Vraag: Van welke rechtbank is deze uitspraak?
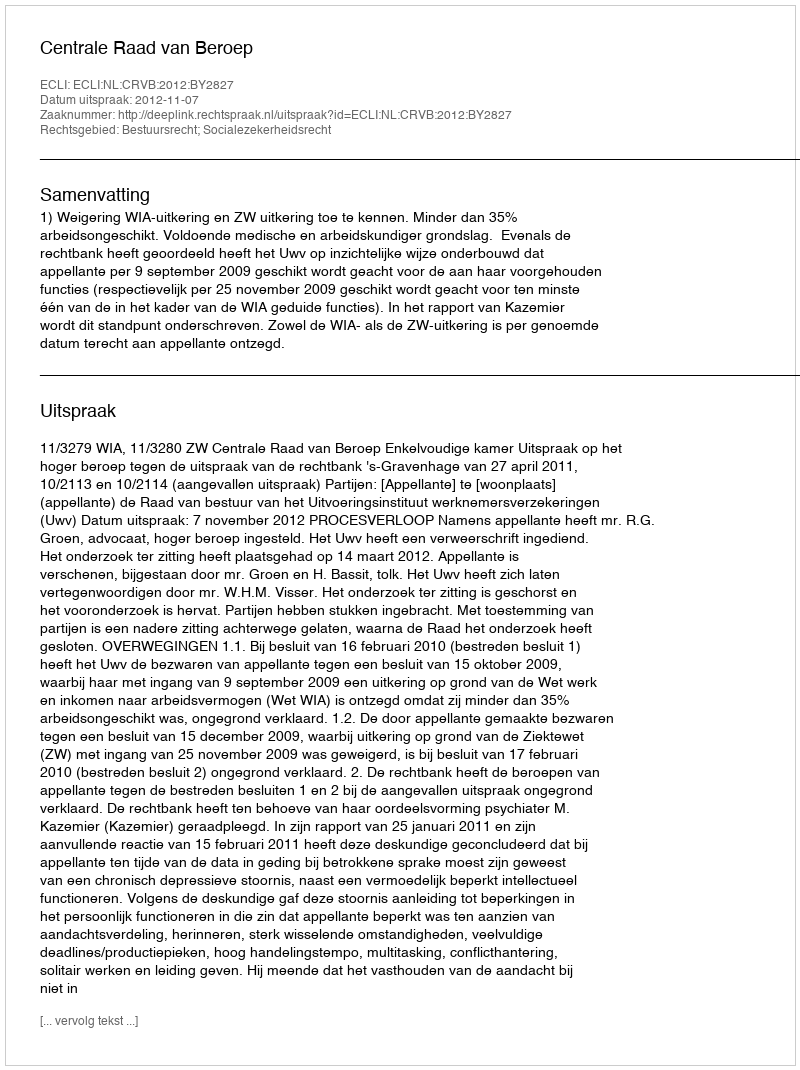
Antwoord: Centrale Raad van Beroep